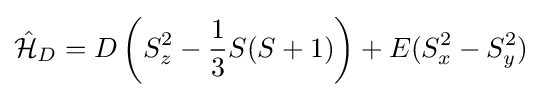
{\hat {\mathcal {H}}}_{D}=D\left(S_{z}^{2}-{\frac {1}{3}}S(S+1)\right)+E(S_{x}^{2}-S_{y}^{2})